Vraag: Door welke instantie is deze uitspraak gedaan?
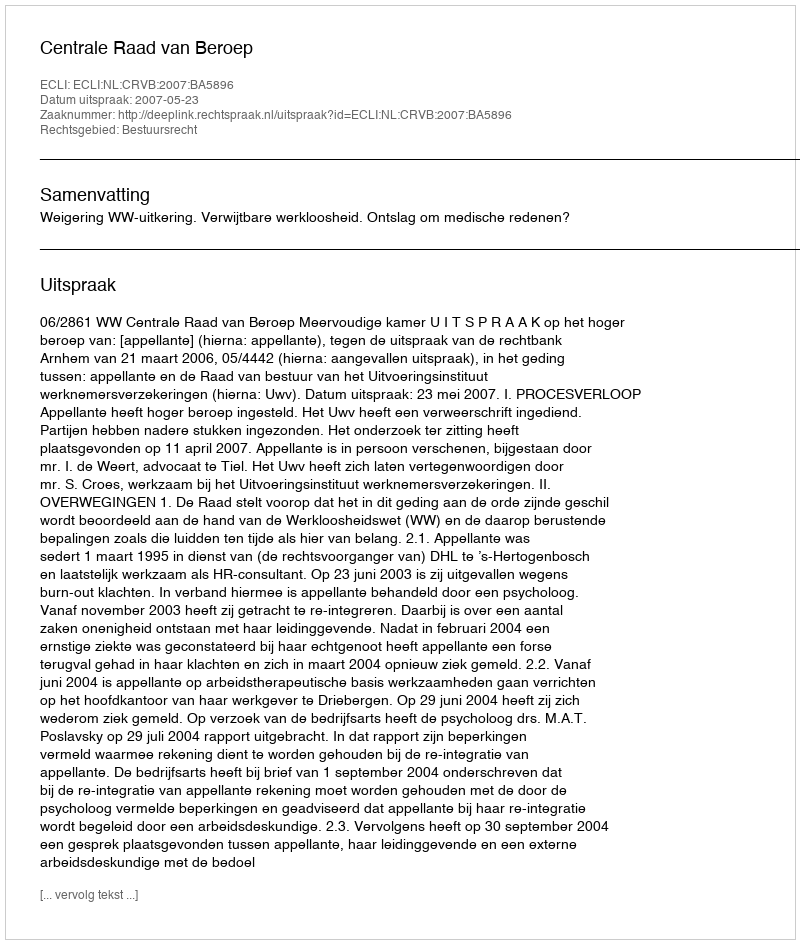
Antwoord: Centrale Raad van Beroep